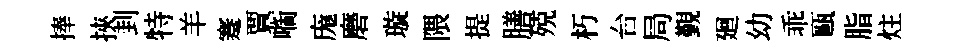
捧挾刲特羊蹇賈㗸庬磨璇隈提膳殑朽台局覲廻幼乖甌脂炷